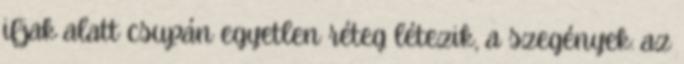
ifjak alatt csupán egyetlen réteg létezik, a szegények: az